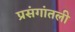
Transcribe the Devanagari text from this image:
प्रसंगांतली